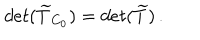
d e t ( \widetilde { T } _ { C _ { 0 } } ) = d e t ( \widetilde { T } ) \, .